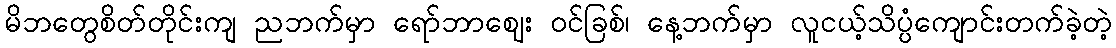
မိဘတွေစိတ်တိုင်းကျ ညဘက်မှာ ရော်ဘာဈေး ဝင်ခြစ်၊ နေ့ဘက်မှာ လူငယ့်သိပ္ပံကျောင်းတက်ခဲ့တဲ့